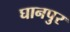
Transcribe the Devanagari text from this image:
घानपुर